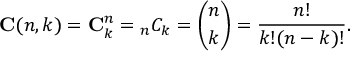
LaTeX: \mathbf { C } ( n , k ) = \mathbf { C } _ { k } ^ { n } = { _ { n } C _ { k } } = { \binom { n } { k } } = { \frac { n ! } { k ! ( n - k ) ! } } .